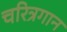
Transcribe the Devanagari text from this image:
चरित्रगान